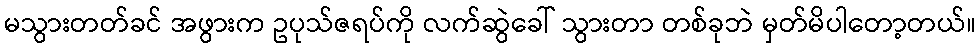
မသွားတတ်ခင် အဖွားက ဥပုသ်ဇရပ်ကို လက်ဆွဲခေါ် သွားတာ တစ်ခုဘဲ မှတ်မိပါတော့တယ်။